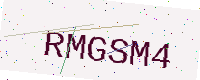
Text: RMGSM4